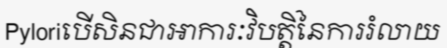
Pyloriបើសិនជាអាការៈវិបត្តិនៃការរំលាយ